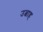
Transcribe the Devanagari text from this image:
उत्बाह